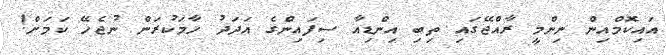
އައިކޮމްއިން ނިންމީ ރާއްޖޭގައި ތިބި އިންޑިއާ ސިފައިންގެ އަދަދު ހާމަކުރަން ނުޖެހޭ ކަމަށް!